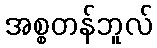
အစ္စတန်ဘူလ်